Vital statistics of India. Vol. IV, Annual returns from 1871 to 1876. British Army of India, Native Army and jails of Bengal
Year: 1871
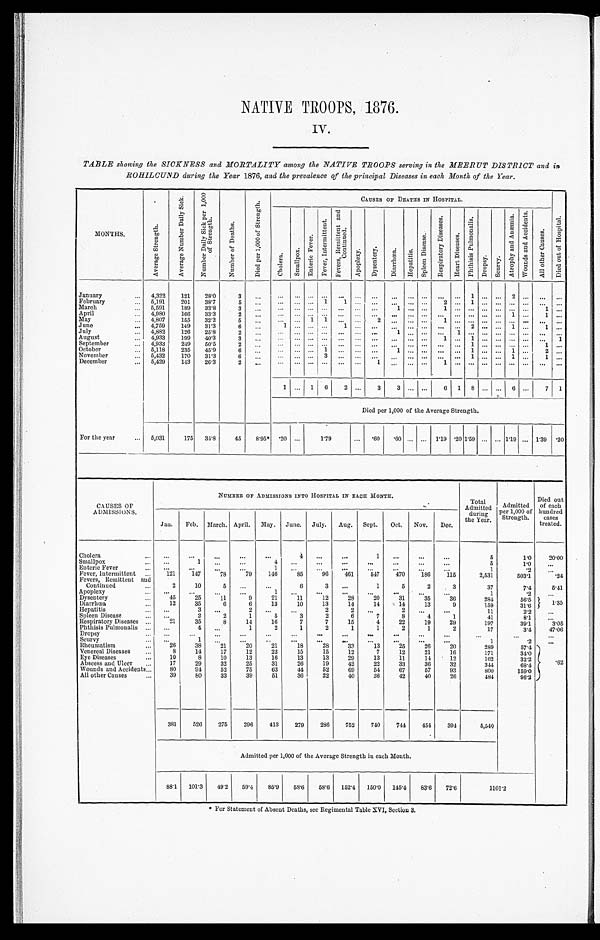
NATIVE TROOPS, 1876.
IV.
TABLE showing the SICKNESS and MORTALITY among the NATIVE TROOPS serving in the MEERUT DISTRICT and in
ROHILCUND during the Year 1876, and the prevalence of the principal Diseases in each Month of the Yeas.
M O N T H S .
A v e r a g e S t r e n g t h .
A v e r a g e N u m b e r D a i l y S i c k . N u m b e r D a i l y S i c k p e r 1 , 0 0 0 o f S t r e n g t h .
N u m b e r o f D e a t h s .
D i e d p e r 1 , 0 0 0 o f S t r e n g t h .
C A U S E S O F D E A T H S I N H O S P I T A L .
C h o l e r a .
S m a l l p o x .
E n t e r i c F e v e r .
F e v e r , I n t e r m i t t e n t .
F e v e r , R e m i t t e n t a n d C o n t i n u e d .
A p o p l e x y . D y s e n t e r y . D i a r r h œ a . H e p a t i t i s .
S p l e e n D i s e a s e s .
R e s p i r a t o r y D i s e a s e s .
H e a r t D i s e a s e s .
P h t h i s i s P u l m o n a l i s .
Dr o p s y . S c u r v y .
A t r o p h y a n d A n æ m i a .
W o u n d s a n d A c c i d e n t s .
A l l o t h e r C a u s e s .
D i e d o u t o f H o s p i t a l .
January
4,322 121 28.0
3
1
2
February
5 , 1 9 1 201 38.7
5
1 1
2
1
March
5,591 189 33.8
3
1
1
1
April
4,980 166 33.3
2
1
1
May
4,807 155 32.2
5
1 1
2
1
June
4,759 149 31.3
6
1
1
2
1
1
July
4,882 126 25.8
2
1
1
August
4,933 199 40.3
3
1
1
1
September
4,933 249 50.5
2
1
1
October
5,118 235 45.9
6
1
1
1
1
2
November
5 , 4 3 2 170 31.3
6
3
1
1
1
December
5,429 143 26.3
2
1
1
1
1 6 2
3 3
6 1 8
6
7 1
Died per 1,000 of the Average Strength.
For the year
5 , 0 3 1 175 31.8 45 8.95* . 2 0
1.79
. 6 0
. 6 0
1.19 .201.50
1.19 1.39 .20
CAUSES OF
ADMISSIONS.
NUMBER OF ADMI SSI ONS I NTO HOSPI TAL I N EACH MONTH.
Total
Admitted during
the Year.
Admitted
per 1,000 of
Strength.
Died out
of each
hundred cases
treated.
Jan. Feb. March. April. May. June. July. Aug. Sept. Oct. Nov. Dec.
Cholera
4
1
5
1. 0
20.00
Smallpox
1
4
5
1 . 0
Enteric Fever
1
1
.2
Fever, Intermittent
121 147
78
79 146
85
96 461 547 470 186 115
2,531
503. 1
.24
Fevers, Remittent and
Continued
2
10
5
6
3
1
5
2
3
37
7. 4
5.41
Apoplexy
1
1
. 2
Dysentery
4 5 25 11
9
21
11
12
28
20
31
35
36
284
56. 5
1. 35
Diarrhœa
12
35
6
6
13
10
13
14
14
14
13
9
159
31. 6
Hepatitis
3
2
2
2
2
11
2. 2
Spleen Disease
2
2
1
5
3
2
6
7
8
4
1
41
8. 1
Respiratory Diseases
21
35
8
14
16
7
7
15
4
22
19
29
197
39. 1
3.05
Phthisis Pulmonalis
4
1
2
1
2
1
1
2
1
2
17
3. 4
47.06
Dropsy Scurvy
1
1
.2
Rheumatism
2 6
38 21
20
21
18
28
33
13
25 26
20
289
57. 4
.62
Venereal Diseases
8
14
17
12
22
15
15
12
7
12
21
16
171
34. 0
Eye Diseases
10
8
10
13
16
13
13
29
13
11
14 12
162
32. 2
Abscess and Ulcer
17
29
32
25
31
26
19
42
22
33
36
32
344
68. 4
Wounds and Accidents
80
94 52
75
63
44 52
69
54 67
57
93
800
159. 0
All other Causes
3 9
80
33
39
51
36
22
40
36
42
40
26
484
96. 2
381 526 275 296 413 279 286 752 740 744 454 394
5,540
Admitted per 1,000 of the Average Strength in each Month.
88.1 101.3 49.2 59.4 85.9 58.6 58.6 152.4 150.0 145.4 83.6 72.6
1 1 0 1 . 2
* For Statement of Absent Deaths, see Regimental Table XVI, Section 3.